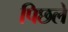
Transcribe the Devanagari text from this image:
पिछले